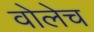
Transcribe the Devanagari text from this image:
वोलेच